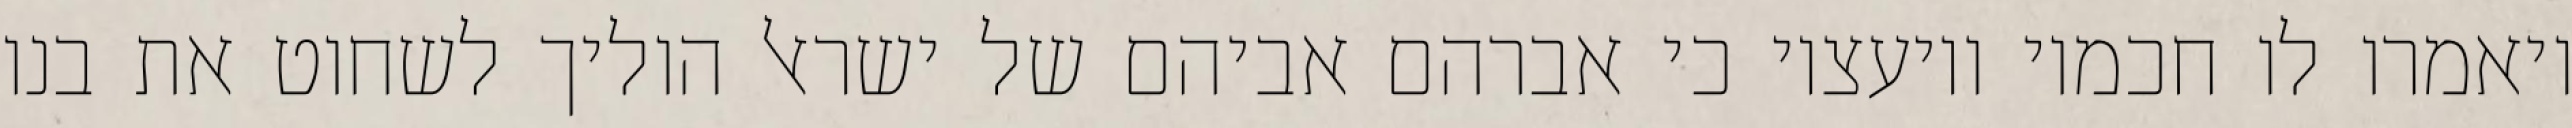
ויאמרו לו חכמיו ויועציו כי אברהם אביהם של ישראל הוליך לשחוט את בנו